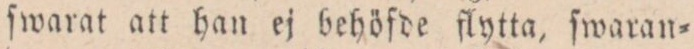
fwarat att han ej behöfde flytta, ſwaran=